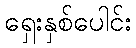
ရှေးနှစ်ပေါင်း